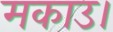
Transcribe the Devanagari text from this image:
मकाउ।